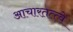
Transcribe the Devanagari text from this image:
आचारतत्त्वे